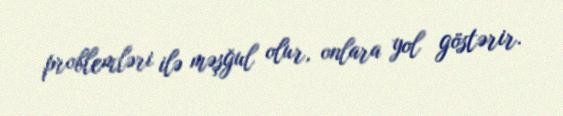
problemləri ilə məşğul olur, onlara yol göstərir.